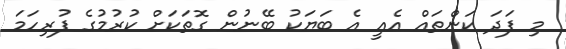
މި ފަދަ ކަންތައް އެއީ އެ ބަޔަކު ބޭނުން ގޮތަކަށް ކުރުމުގެ ފުރިހަމަ